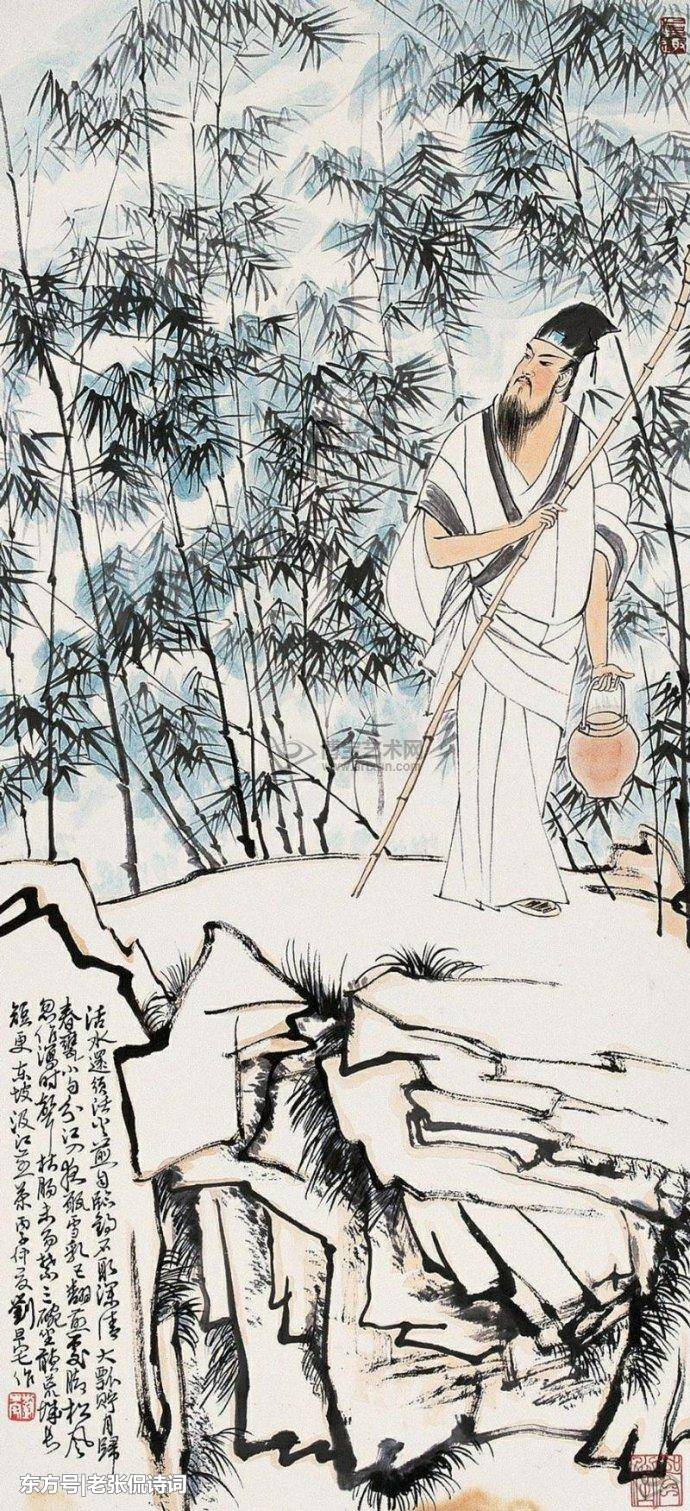
故山知好在，孤客自悲凉。